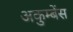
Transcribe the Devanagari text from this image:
अकुम्बेंस